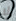
لا